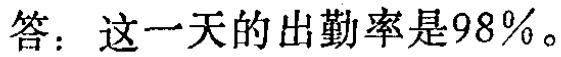
答：这一天的出勤率是\(98\%\)。